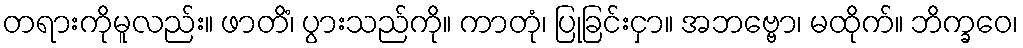
တရားကိုမူလည်း။ ဖာတိံ၊ ပွားသည်ကို။ ကာတုံ၊ ပြုခြင်းငှာ။ အဘဗ္ဗော၊ မထိုက်။ ဘိက္ခဝေ၊